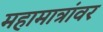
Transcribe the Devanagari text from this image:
महामात्रांवर